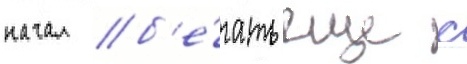
начал б'е́гать еще с